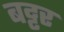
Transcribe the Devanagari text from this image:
बट्टर